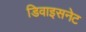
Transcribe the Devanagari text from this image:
डिवाइसनेट